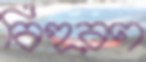
বিহরণ